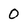
Character: 0